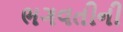
ભગવતીની